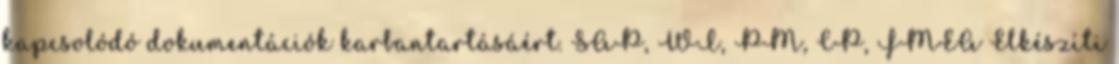
kapcsolódó dokumentációk karbantartásáért. SAP, WI, PM, CP, FMEA Elkészíti